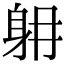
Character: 𨈜